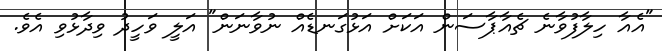
"އެއާ ހިލާފުވާނެ ޗެއާޕާސަން އަކަށް އަޅުގަނޑެއް ނުވާނަން" އަލީ ވަހީދު ވިދާޅުވި އެވެ.